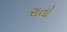
રાતો